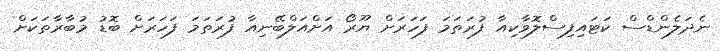
ނެދަލެންޑްސް ކަޓައިފިސްލޮވާކިއާ ފުރަތަމަ ފަހަރަށް ޔޫރޯ އަށްއަލްބޭނިއާ ފުރަތަމަ ފަހަރަށް ބޮޑު މުބާރާތަކަށް